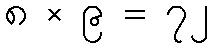
၈ × ၉ = ၇၂